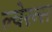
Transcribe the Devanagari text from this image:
ल्वेरन्स